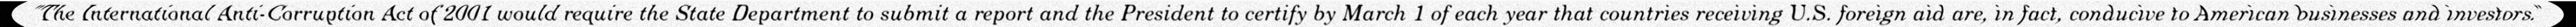
"The International Anti-Corruption Act of 2001 would require the State Department to submit a report and the President to certify by March 1 of each year that countries receiving U.S. foreign aid are, in fact, conducive to American businesses and investors."